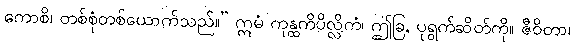
ကောစိ၊ တစ်စုံတစ်ယောက်သည်။” ဣမံ ကုန္ထကိပိလ္လိကံ၊ ဤခြ, ပုရွက်ဆိတ်ကို။ ဇီဝိတာ၊